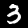
Label: 3